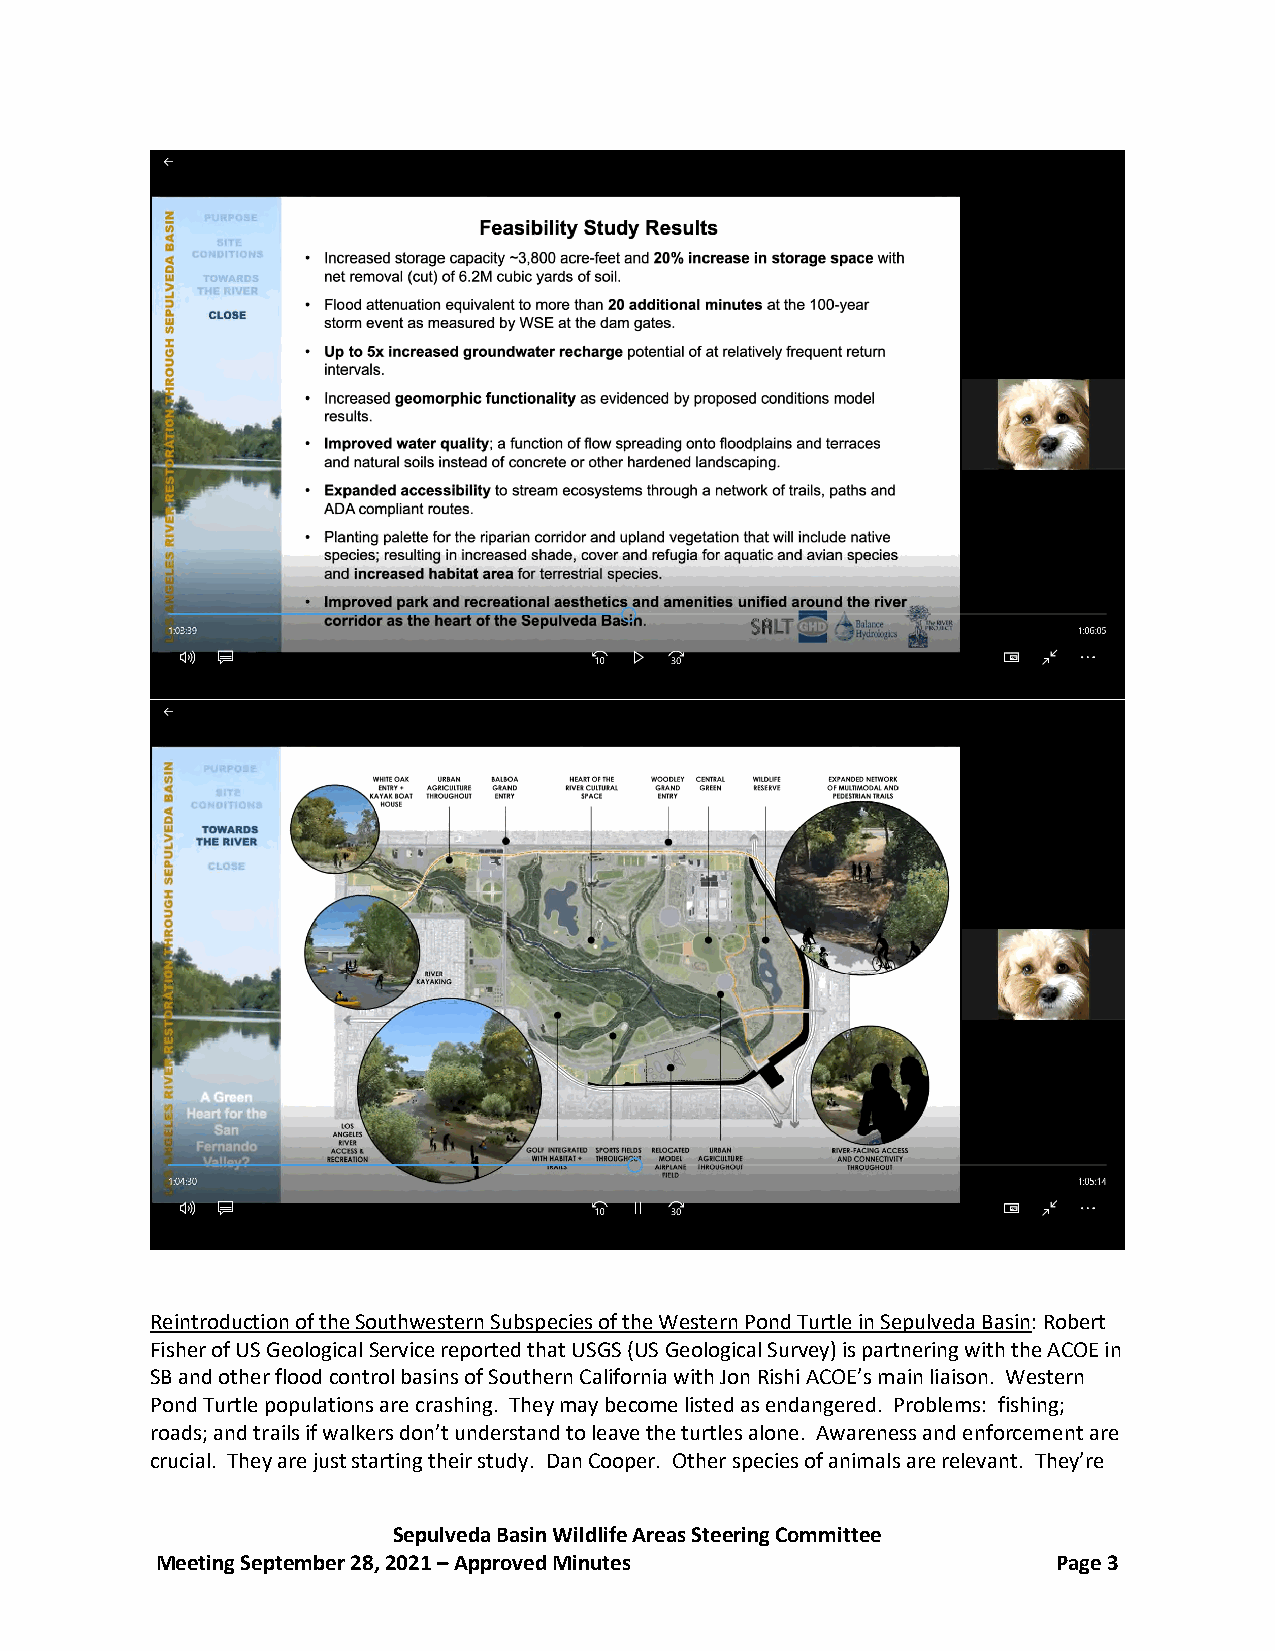
Reintroduction of the Southwestern Subspecies of the Western Pond Turtle in Sepulveda Basin: Robert
 Fisher of US Geological Service reported that USGS (US Geological Survey) is partnering with the ACOE in
 SB and other flood control basins of Southern California with Jon Rishi ACOE’s main liaison. Western
 Pond Turtle populations are crashing. They may become listed as endangered. Problems: fishing;
 roads; and trails if walkers don’t understand to leave the turtles alone. Awareness and enforcement are
 crucial. They are just starting their study. Dan Cooper. Other species of animals are relevant. They’re
 Sepulveda Basin Wildlife Areas Steering Committee
 Meeting September 28, 2021 – Approved Minutes               Page 3